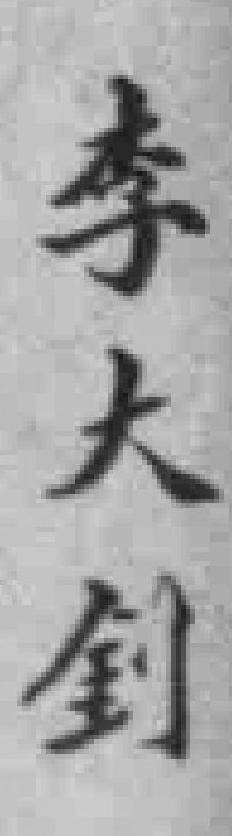
李大釗